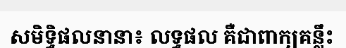
សមិទ្ធិផលនានា៖ លទ្ធផល គឺជាពាក្យគន្លឹះ